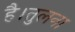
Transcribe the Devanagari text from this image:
है।तुलना